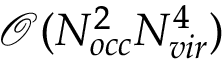
\mathcal { O } ( N _ { o c c } ^ { 2 } N _ { v i r } ^ { 4 } )